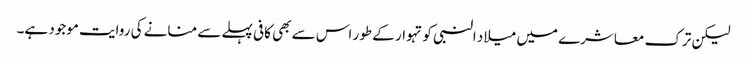
لیکن ترک معاشرے میں میلاد النبی کو تہوار کے طور اس سے بھی کافی پہلے سے منانے کی روایت موجود ہے۔